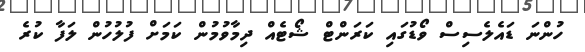
ހުންނަ ޑައެލެސިސް ވޯޑުގައި ކަރަންޓް ޝޯޓެއް ދިމާވުމުން ކަމަށް ފުލުހުން ލަފާ ކުރެ